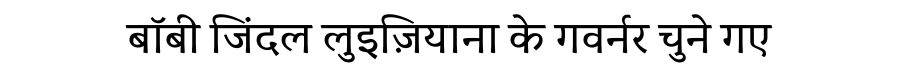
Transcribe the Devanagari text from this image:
बॉबी जिंदल लुइज़ियाना के गवर्नर चुने गए